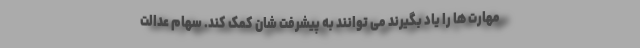
مهارت ها را یاد بگیرند می توانند به پیشرفت شان کمک کند. سهام عدالت